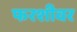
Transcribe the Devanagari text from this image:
फरशीवर